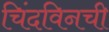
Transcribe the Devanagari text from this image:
चिंदविनची